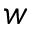
w